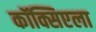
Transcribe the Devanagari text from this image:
कॉक्सिएला